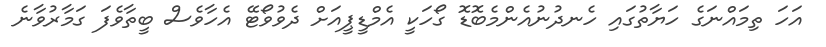
އަހަ ތިމައްނަގެ ހަޔާތުގައި ހެނދުނުއެންމެބޮޑޮ ގޯހަކީ އެމްޑީޕީއަށް ދެވުވޯޓޭ އެހާވެސް ބީތާވެފަ ގަމާރުވާނެ